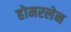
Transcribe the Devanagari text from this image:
होमरलेन